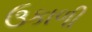
ઉકાળી